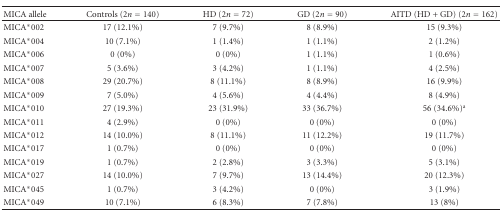
<table><thead><tr><td><b>MICA allele</b></td><td><b>Controls (2<i>n</i> = 140)</b></td><td><b>HD (2<i>n</i> = 72)</b></td><td><b>GD (2<i>n</i> = 90)</b></td><td><b>AITD (HD + GD) (2<i>n</i> = 162)</b></td></tr></thead><tbody><tr><td>MICA*002</td><td>17 (12.1%)</td><td>7 (9.7%)</td><td>8 (8.9%)</td><td>15 (9.3%)</td></tr><tr><td>MICA*004</td><td>10 (7.1%)</td><td>1 (1.4%)</td><td>1 (1.1%)</td><td>2 (1.2%)</td></tr><tr><td>MICA*006</td><td>0 (0%)</td><td>0 (0%)</td><td>1 (1.1%)</td><td>1 (0.6%)</td></tr><tr><td>MICA*007</td><td>5 (3.6%)</td><td>3 (4.2%)</td><td>1 (1.1%)</td><td>4 (2.5%)</td></tr><tr><td>MICA*008</td><td>29 (20.7%)</td><td>8 (11.1%)</td><td>8 (8.9%)</td><td>16 (9.9%)</td></tr><tr><td>MICA*009</td><td>7 (5.0%)</td><td>4 (5.6%)</td><td>4 (4.4%)</td><td>8 (4.9%)</td></tr><tr><td>MICA*010</td><td>27 (19.3%)</td><td>23 (31.9%)</td><td>33 (36.7%)</td><td>56 (34.6%)<sup>a</sup></td></tr><tr><td>MICA*011</td><td>4 (2.9%)</td><td>0 (0%)</td><td>0 (0%)</td><td>0 (0%) </td></tr><tr><td>MICA*012</td><td>14 (10.0%)</td><td>8 (11.1%)</td><td>11 (12.2%)</td><td>19 (11.7%)</td></tr><tr><td>MICA*017</td><td>1 (0.7%)</td><td>0 (0%)</td><td>0 (0%)</td><td>0 (0%)</td></tr><tr><td>MICA*019</td><td>1 (0.7%)</td><td>2 (2.8%)</td><td>3 (3.3%)</td><td>5 (3.1%)</td></tr><tr><td>MICA*027</td><td>14 (10.0%)</td><td>7 (9.7%)</td><td>13 (14.4%)</td><td>20 (12.3%)</td></tr><tr><td>MICA*045</td><td>1 (0.7%)</td><td>3 (4.2%)</td><td>0 (0%)</td><td>3 (1.9%)</td></tr><tr><td>MICA*049</td><td>10 (7.1%)</td><td>6 (8.3%)</td><td>7 (7.8%)</td><td>13 (8%)</td></tr></tbody></table>